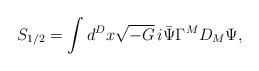
LaTeX: \begin{align*}S_{1/2}=\int d^Dx\sqrt{-G}\,i\bar{\Psi}\Gamma^MD_M\Psi,\end{align*}